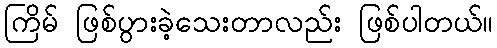
ကြိမ် ဖြစ်ပွားခဲ့သေးတာလည်း ဖြစ်ပါတယ်။